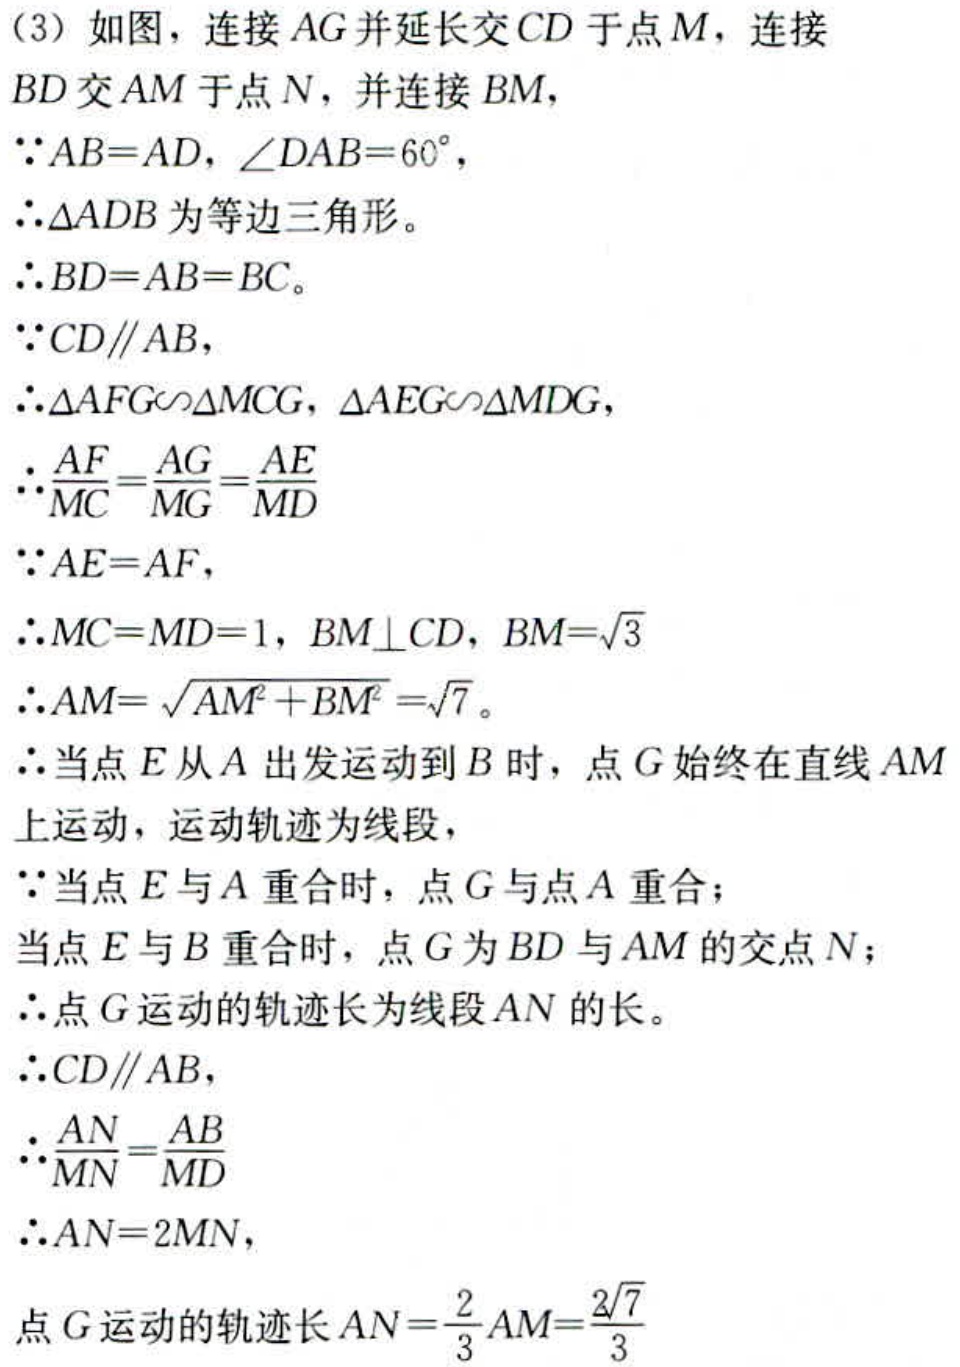
(3) 如图，连接 \(AG\) 并延长交 \(CD\) 于点 \(M\)，连接 \(BD\) 交 \(AM\) 于点 \(N\)，并连接 \(BM\)，
\(\because AB = AD\)，\(\angle DAB = 60^{\circ}\)，
\(\therefore \triangle ADB\) 为等边三角形。
\(\therefore BD = AB = BC\)。
\(\because CD\parallel AB\)，
\(\therefore \triangle AFG\sim\triangle MCG\)，\(\triangle AEG\sim\triangle MDG\)，
\(\therefore \frac{AF}{MC}=\frac{AG}{MG}=\frac{AE}{MD}\)
\(\because AE = AF\)，
\(\therefore MC = MD = 1\)，\(BM\perp CD\)，\(BM = \sqrt{3}\)
\(\therefore AM=\sqrt{AM^{2}+BM^{2}}=\sqrt{7}\)。
\(\therefore\) 当点 \(E\) 从 \(A\) 出发运动到 \(B\) 时，点 \(G\) 始终在直线 \(AM\) 上运动，运动轨迹为线段，
\(\because\) 当点 \(E\) 与 \(A\) 重合时，点 \(G\) 与点 \(A\) 重合；
当点 \(E\) 与 \(B\) 重合时，点 \(G\) 为 \(BD\) 与 \(AM\) 的交点 \(N\)；
\(\therefore\) 点 \(G\) 运动的轨迹长为线段 \(AN\) 的长。
\(\because CD\parallel AB\)，
\(\therefore \frac{AN}{MN}=\frac{AB}{MD}\)
\(\therefore AN = 2MN\)，
点 \(G\) 运动的轨迹长 \(AN=\frac{2}{3}AM=\frac{2\sqrt{7}}{3}\)